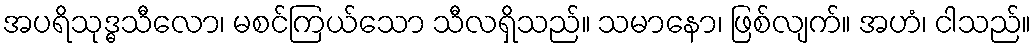
အပရိသုဒ္ဓသီလော၊ မစင်ကြယ်သော သီလရှိသည်။ သမာနော၊ ဖြစ်လျက်။ အဟံ၊ ငါသည်။